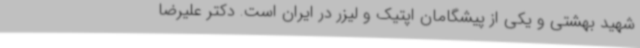
شهید بهشتی و یکی از پیشگامان اپتیک و لیزر در ایران است. دکتر علیرضا